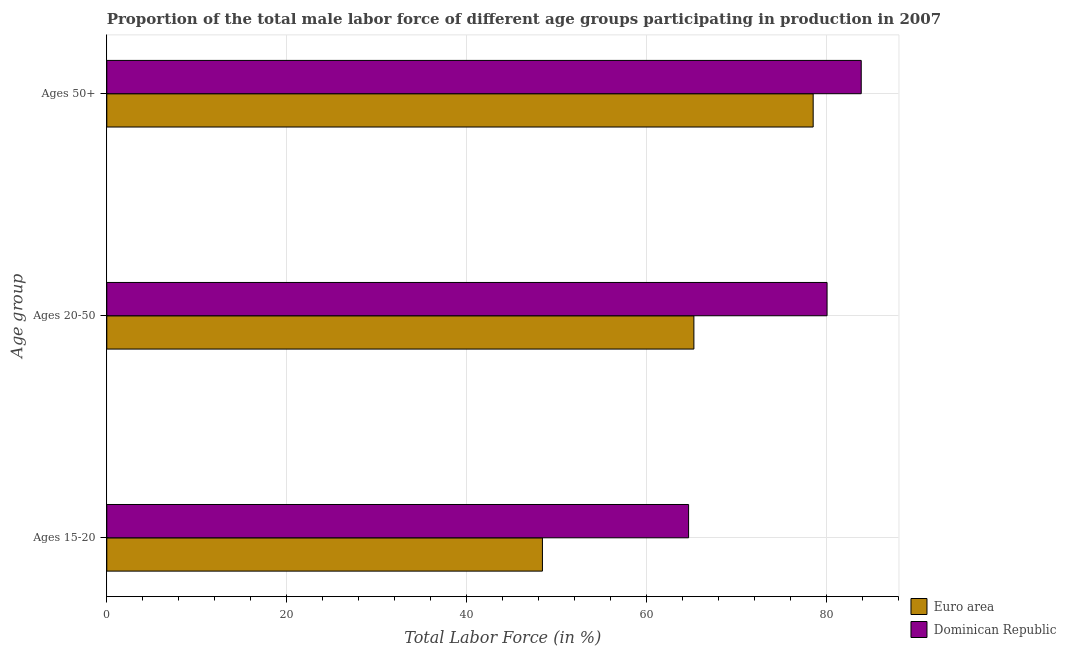
| Age group | Euro area | Dominican Republic |
 | --- | --- | --- |
 | Ages 15-20 | 48.4 | 64.7 |
 | Ages 20-50 | 65.3 | 80.1 |
 | Ages 50+ | 78.6 | 83.9 |